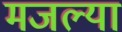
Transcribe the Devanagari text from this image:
मजल्या